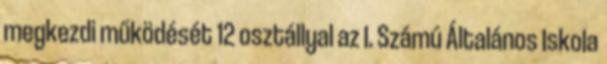
megkezdi működését 12 osztállyal az I. Számú Általános Iskola